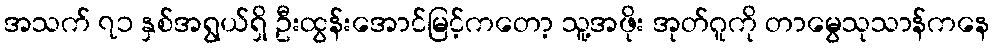
အသက် ၇၁ နှစ်အရွယ်ရှိ ဦးထွန်းအောင်မြင့်ကတော့ သူ့အဖိုး အုတ်ဂူကို တာမွေသုသာန်ကနေ